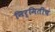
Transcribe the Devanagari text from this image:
निर्मितीचं